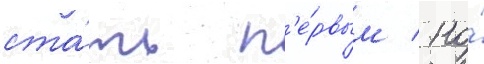
ста́ть п'е́рвым / но́